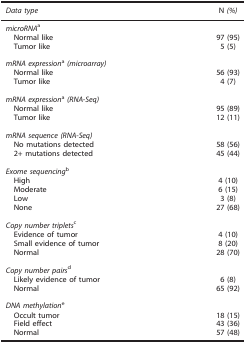
| Data type | N (%) |
 | --- | --- |
 | <COLSPAN=2> microRNAa |
 | Normal like | 97 (95) |
 | Tumor like | 5 (5) |
 |  |  |
 | <COLSPAN=2> mRNA expressiona(microarray) |
 | Normal like | 56 (93) |
 | Tumor like | 4 (7) |
 |  |  |
 | <COLSPAN=2> mRNA expressiona(RNA-Seq) |
 | Normal like | 95 (89) |
 | Tumor like | 12 (11) |
 |  |  |
 | <COLSPAN=2> mRNA sequence (RNA-Seq) |
 | No mutations detected | 58 (56) |
 | 2+ mutations detected | 45 (44) |
 |  |  |
 | <COLSPAN=2> Exome sequencingb |
 | High | 4 (10) |
 | Moderate | 6 (15) |
 | Low | 3 (8) |
 | None | 27 (68) |
 |  |  |
 | <COLSPAN=2> Copy number tripletsc |
 | Evidence of tumor | 4 (10) |
 | Small evidence of tumor | 8 (20) |
 | Normal | 28 (70) |
 |  |  |
 | <COLSPAN=2> Copy number pairsd |
 | Likely evidence of tumor | 6 (8) |
 | Normal | 65 (92) |
 |  |  |
 | <COLSPAN=2> DNA methylatione |
 | Occult tumor | 18 (15) |
 | Field effect | 43 (36) |
 | Normal | 57 (48) |